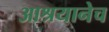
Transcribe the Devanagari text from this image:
आश्रयानेच